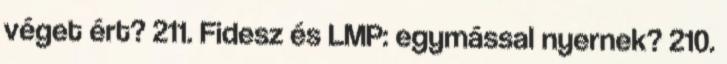
véget ért? 211. Fidesz és LMP: egymással nyernek? 210.